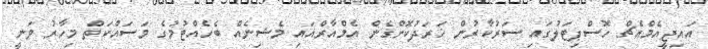
އައިޖީއެމްއެޗް ހޮސްޕިޓަލުގައި ސަރުކާރުން ޚަރަދުކޮށްގެން އެމްއާރްއައި މެޝިނެއް ބެހެއްޓުމުގެ މަސައްކަތް މިހާރު ވަނީ